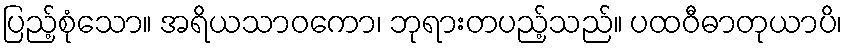
ပြည့်စုံသော။ အရိယသာဝကော၊ ဘုရားတပည့်သည်။ ပထဝီဓာတုယာပိ၊